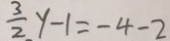
\frac { 3 } { 2 } y - 1 = - 4 - 2